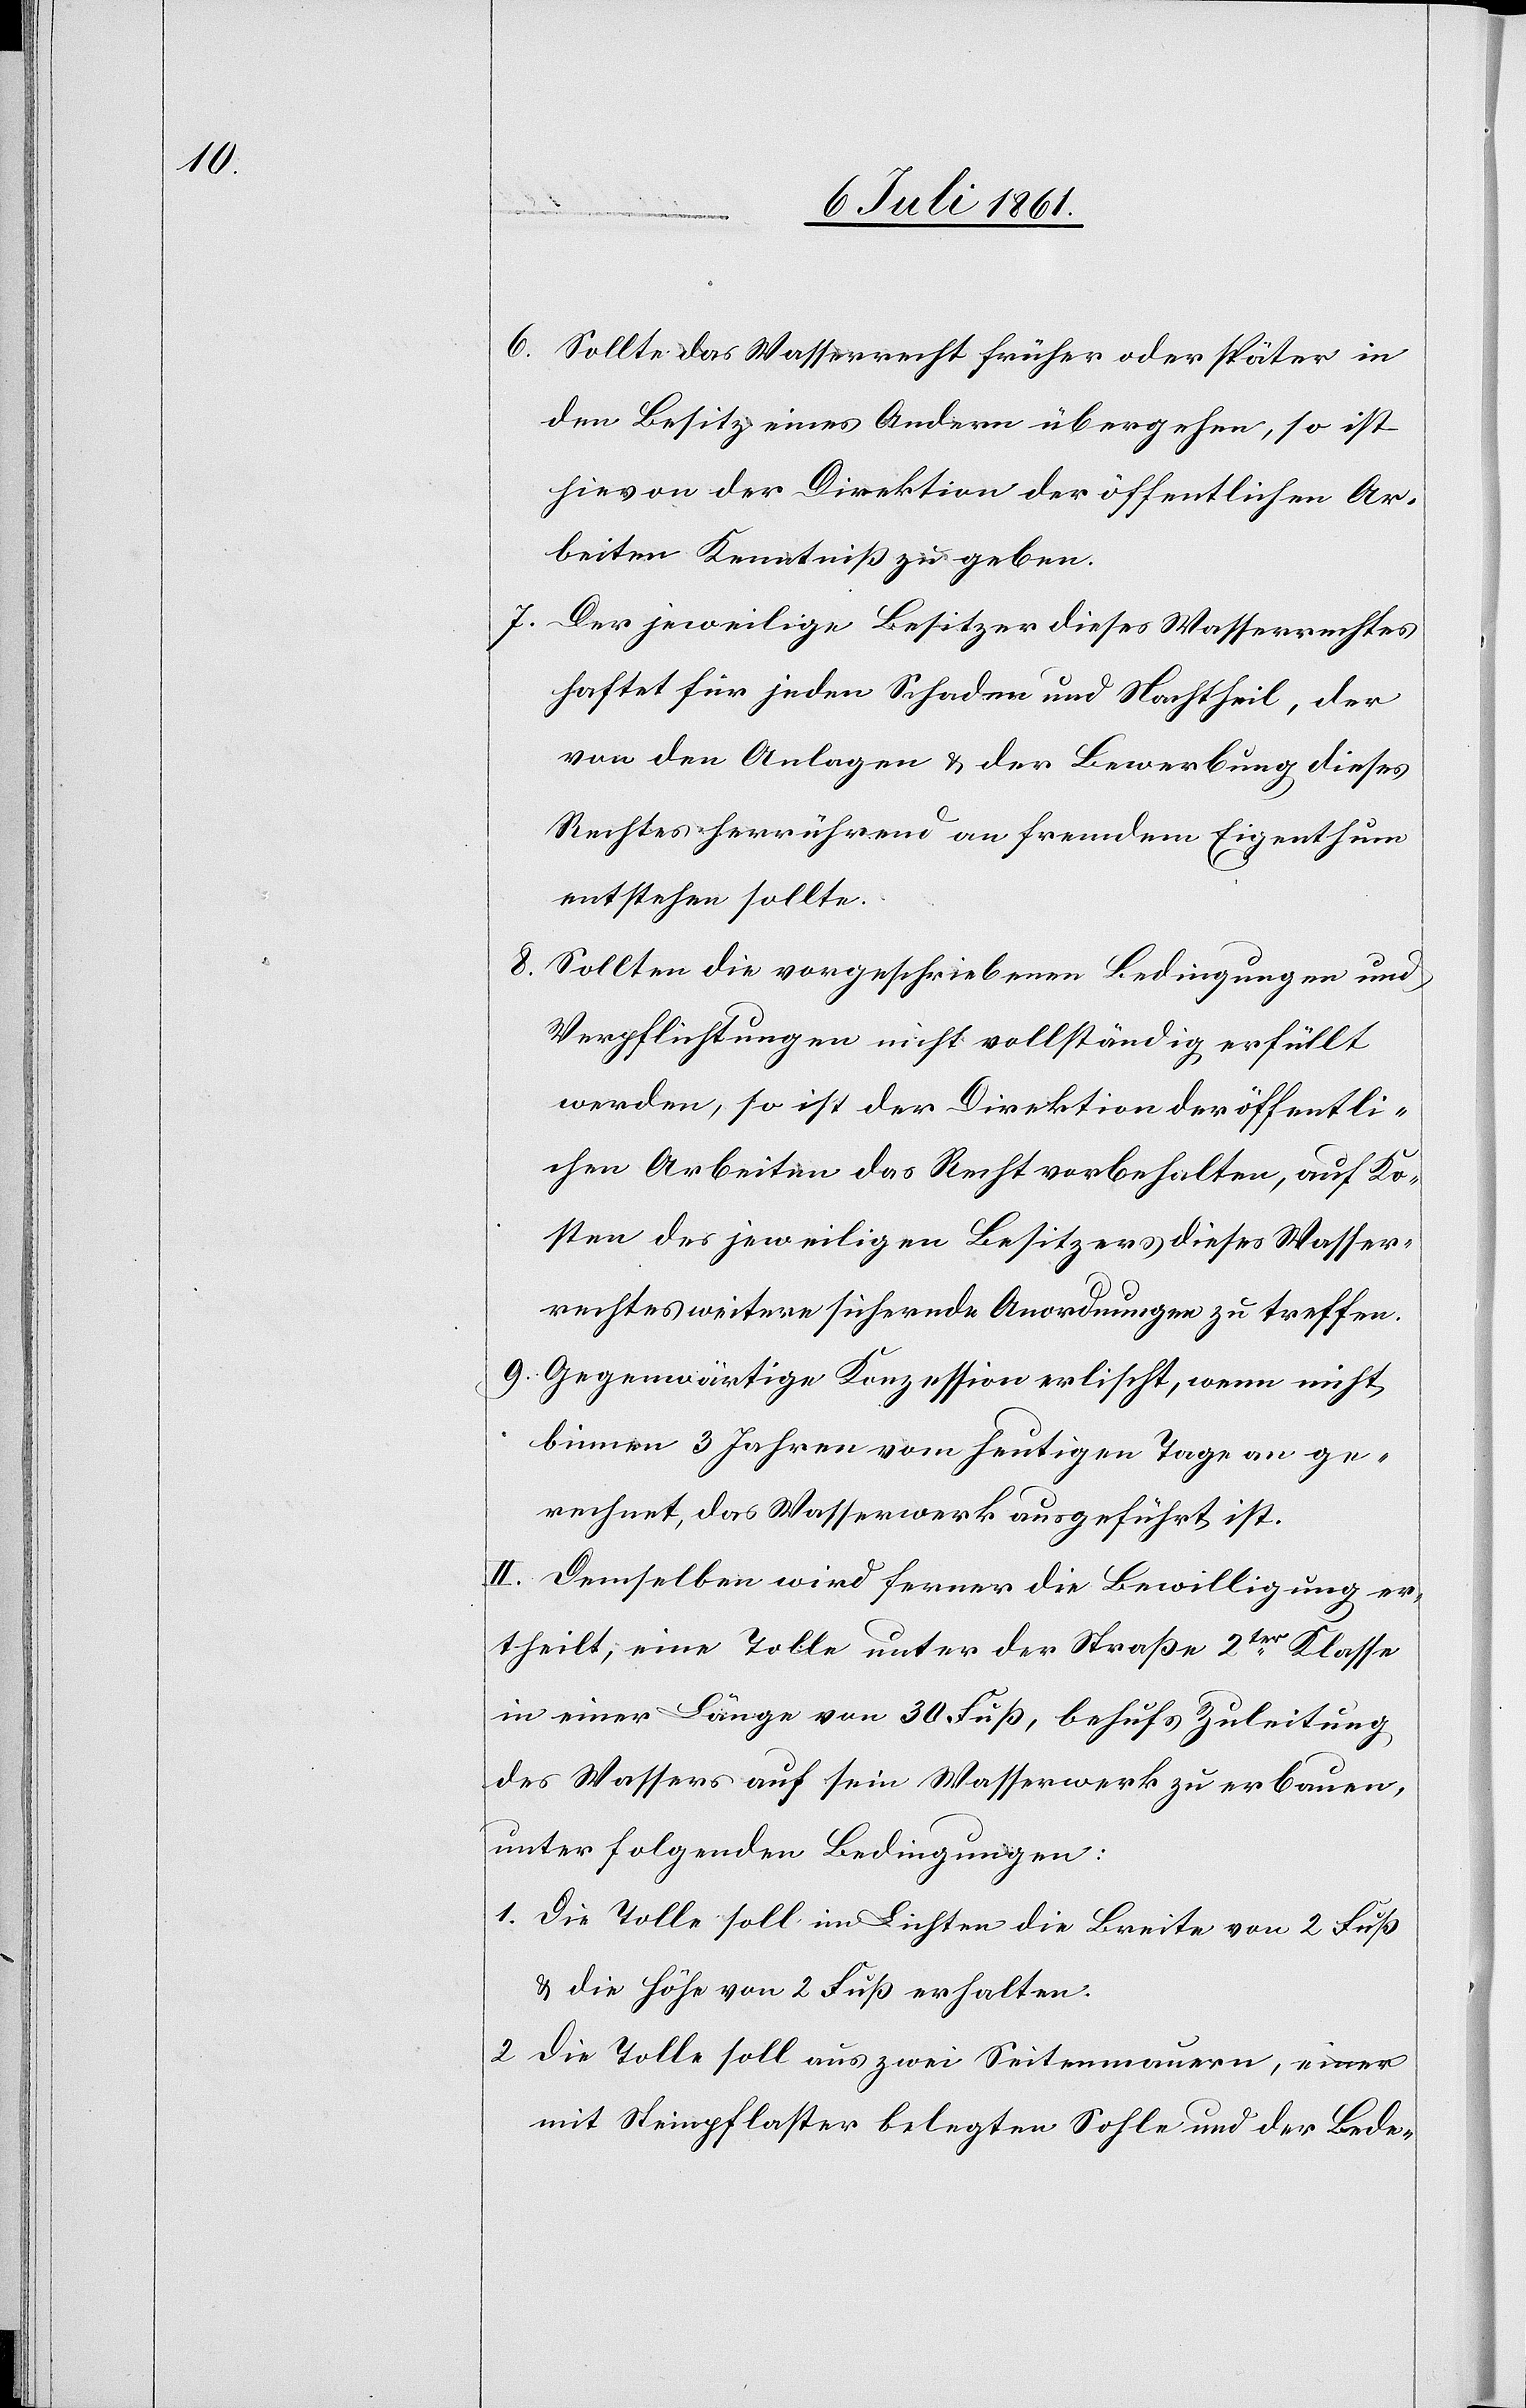
6. Sollte das Wasserrecht früher oder später in
den Besitz eines Andern übergehen, so ist
hievon der Direktion der öffentlichen Ar¬
beiten Kenntniß zu geben.
7. Der jeweilige Besitzer dieses Wasserrechtes
haftet für jeden Schaden und Nachtheil, der
von den Anlagen u. der Bewerbung dieses
Rechtes herrührend an fremdem Eigenthum
entstehen sollte.
Sollten die vorgeschriebenen Bedingungen und
Verpflichtungen nicht vollständig erfüllt
werden, so ist der Direktion der öffentli¬
chen Arbeiten das Recht vorbehalten, auf Ko¬
sten des jeweiligen Besitzers dieses Wasser¬
rechtes weitere sichernde Anordnungen zu treffen.
9. Gegenwärtige Konzession erlischt, wenn nicht
binnen 3 Jahren vom heutigen Tage an ge¬
rechnet, das Wasserwerk ausgeführt ist.
II. Demselben wird ferner die Bewilligung er¬
theilt; eine Tolle unter der Straße 2ter Klasse
in einer Länge von 30 Fuß, behufs Zuleitung,
des Wassers auf sein Wasserwerk zu erbauen,
unter folgenden Bedingungen:
1. Die Tolle soll im Lichten die Breite von 2 Fuß
u. die Höhe von 2 Fuß erhalten:
2. Die Tolle soll aus zwei Seitenmauern, einer
mit Steinpflaster belegten Sohle und der Bede-